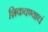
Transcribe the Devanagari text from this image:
शिकवण्याचं